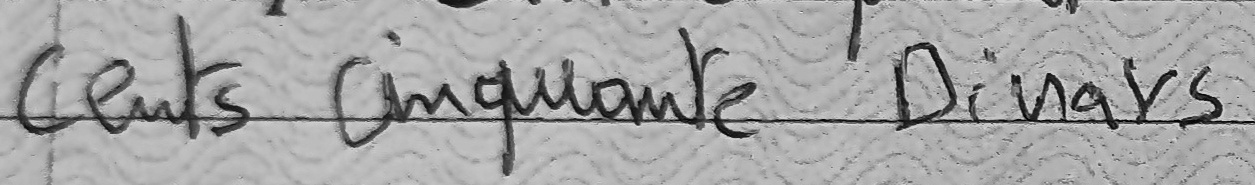
cents cinquante Dinars